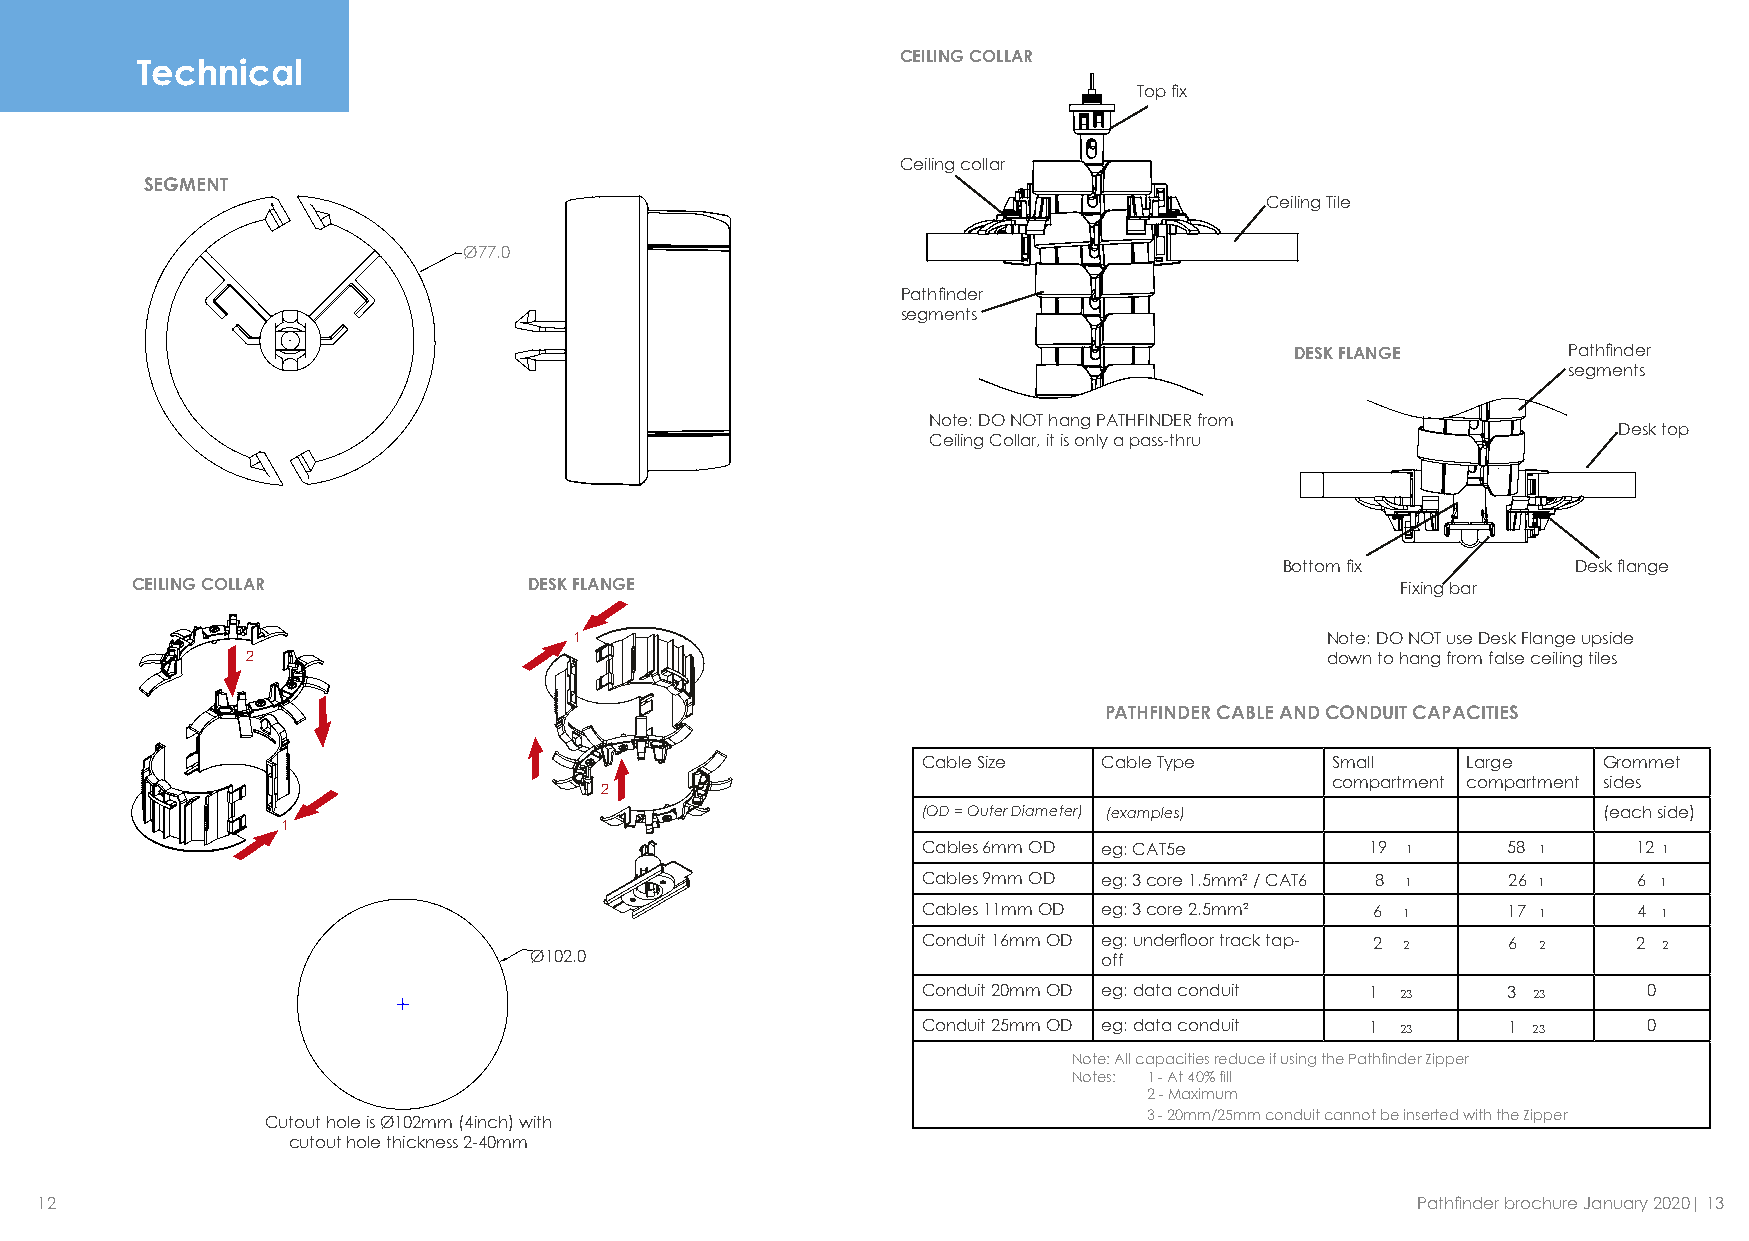
CEILING COLLAR
 Technical
 Top fix
 Ceiling collar
 SEGMENT
 Ceiling Tile
 Ø77.0
 Pathfinder
 segments
 DESK FLANGE       Pathfinder
 segments
 Note: DO NOT hang PATHFINDER from
 Desk top
 Ceiling Collar, it is only a pass-thru
 Bottom fix         Desk flange
 CEILING COLLAR            DESK FLANGE                                               Fixing bar
 1                                                 Note: DO NOT use Desk Flange upside
 2                                                                       down to hang from false ceiling tiles
 PATHFINDER CABLE AND CONDUIT CAPACITIES
 Cable Size  Cable Type     Small    Large    Grommet
 compartment compartment sides
 2
 (OD = Outer Diameter) (examples)             (each side)
 1
 Cables 6mm OD eg: CAT5e       19 1     58 1    12 1
 Cables 9mm OD eg: 3 core 1.5mm² / CAT6 8 1 26 1 6 1
 Cables 11mm OD eg: 3 core 2.5mm² 6 1   17 1    4 1
 Conduit 16mm OD eg: underfloor track tap- 2 2 6 2 2 2
 Ø102.0                                off
 Conduit 20mm OD eg: data conduit 1 23  3 23     0
 Conduit 25mm OD eg: data conduit 1 23  1 23     0
 Note: All capacities reduce if using the Pathfinder Zipper
 Notes: 1 - At 40% fill
 2 - Maximum
 3 - 20mm/25mm conduit cannot be inserted with the Zipper
 Cutout hole is Ø102mm (4inch) with
 cutout hole thickness 2-40mm
 12                                                                                          Pathfinder brochure January 2020| 13